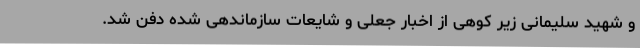
و شهید سلیمانی زیر کوهی از اخبار جعلی و شایعات سازماندهی شده دفن شد.